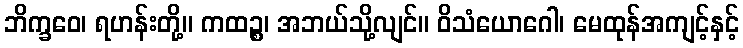
ဘိက္ခဝေ၊ ရဟန်းတို့။ ကထဉ္စ၊ အဘယ်သို့လျင်။ ဝိသံယောဂေါ၊ မေထုန်အကျင့်နှင့်